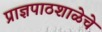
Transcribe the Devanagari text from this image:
प्राज्ञपाठशाळेचे